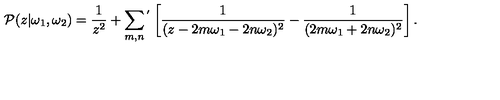
{ \cal P } ( z | \omega _ { 1 } , \omega _ { 2 } ) = \frac { 1 } { z ^ { 2 } } + \sum _ { m , n } { } ^ { ' } \left[ \frac { 1 } { ( z - 2 m \omega _ { 1 } - 2 n \omega _ { 2 } ) ^ { 2 } } - \frac { 1 } { ( 2 m \omega _ { 1 } + 2 n \omega _ { 2 } ) ^ { 2 } } \right] .